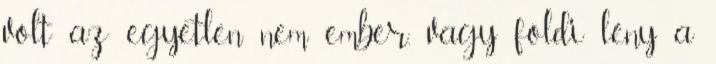
volt az egyetlen nem ember, vagy földi lény a